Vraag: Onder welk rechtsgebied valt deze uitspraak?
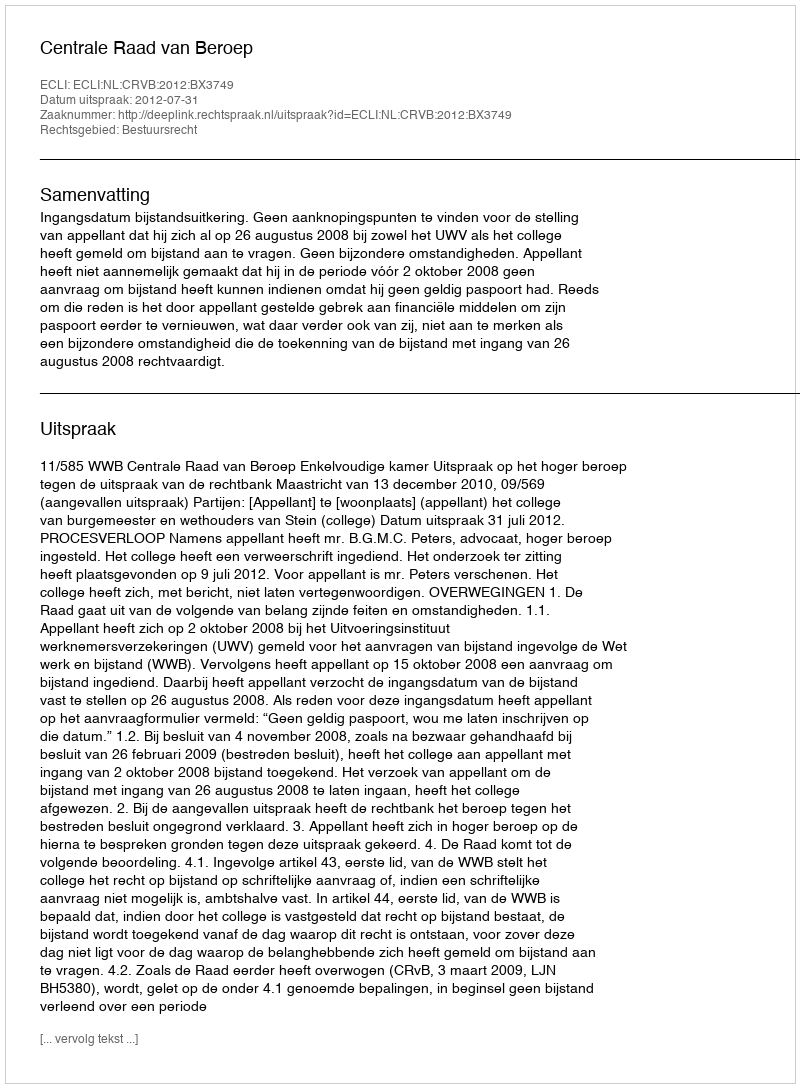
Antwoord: Bestuursrecht